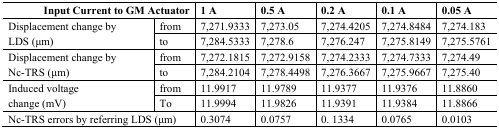
<table><thead><tr><td colspan="2"><b>Input Current to GM Actuator</b></td><td><b>1 A</b></td><td><b>0.5 A</b></td><td><b>0.2 A</b></td><td><b>0.1 A</b></td><td><b>0.05 A</b></td></tr></thead><tbody><tr><td rowspan="2">Displacement change by LDS (μm)</td><td>from</td><td>7,271.9333</td><td>7,273.05</td><td>7,274.4205</td><td>7,274.8484</td><td>7,274.183</td></tr><tr><td>to</td><td>7,284.5333</td><td>7,278.6</td><td>7,276.247</td><td>7,275.8149</td><td>7,275.5761</td></tr><tr><td rowspan="2">Displacement change by Nc-TRS (μm)</td><td>from</td><td>7,272.1815</td><td>7,272.9158</td><td>7,274.2333</td><td>7,274.7333</td><td>7,274.49</td></tr><tr><td>to</td><td>7,284.2104</td><td>7,278.4498</td><td>7,276.3667</td><td>7,275.9667</td><td>7,275.40</td></tr><tr><td rowspan="2">Induced voltage change (mV)</td><td>from</td><td>11.9917</td><td>11.9789</td><td>11.9377</td><td>11.9376</td><td>11.8860</td></tr><tr><td>To</td><td>11.9994</td><td>11.9826</td><td>11.9391</td><td>11.9384</td><td>11.8866</td></tr><tr><td colspan="2">Nc-TRS errors by referring LDS (μm)</td><td>0.3074</td><td>0.0757</td><td>0. 1334</td><td>0.0765</td><td>0.0103</td></tr></tbody></table>